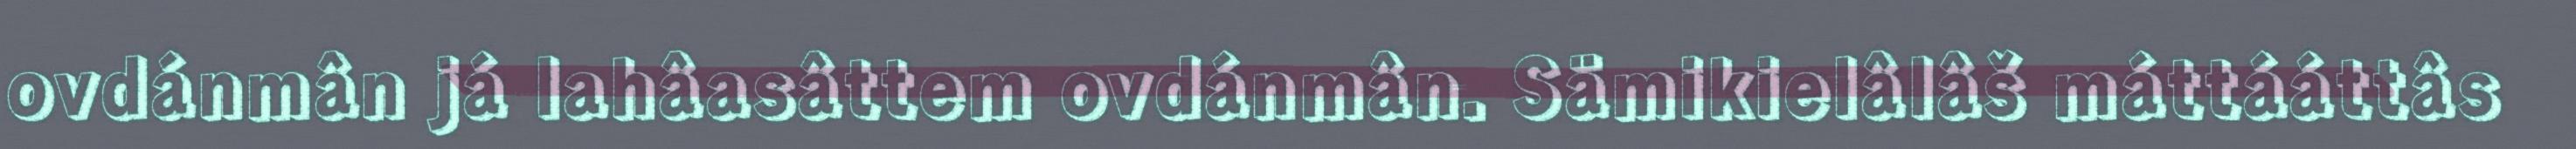
ovdánmân já lahâasâttem ovdánmân. Sämikielâlâš máttááttâs